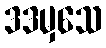
ဒဒမှသေ